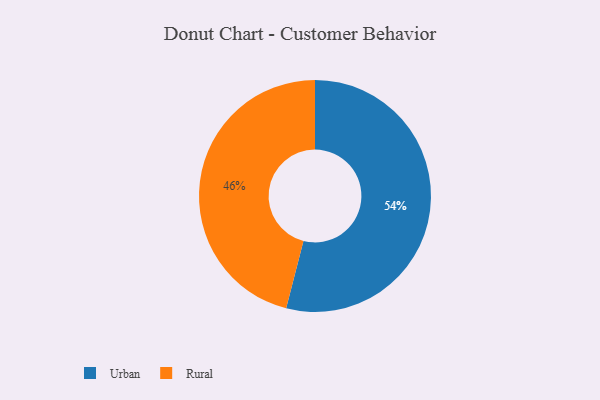
{"axis": {"x": "Category", "y": "Percentage"}, "legend": ["Rural", "Urban"], "data": [{"x": "Rural", "y": 46, "type": "Rural"}, {"x": "Urban", "y": 54, "type": "Urban"}]}